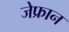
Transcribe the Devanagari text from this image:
जेफ्रान